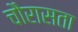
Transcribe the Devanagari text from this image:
चौरासता